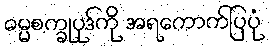
ဓမ္မစက္ခုပုဒ်ကို အရကောက်ပြပုံ